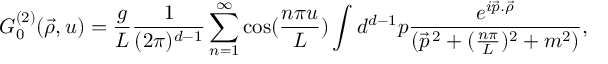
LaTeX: G _ { 0 } ^ { ( 2 ) } ( \vec { \rho } , u ) = \frac { g } { L } \frac { 1 } { ( 2 \pi ) ^ { d - 1 } } \sum _ { n = 1 } ^ { \infty } \cos ( \frac { n \pi u } { L } ) \int d ^ { d - 1 } p \frac { e ^ { i \vec { p } . \vec { \rho } } } { ( \vec { p } ^ { \, 2 } + ( \frac { n \pi } { L } ) ^ { 2 } + m ^ { 2 } ) } ,